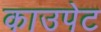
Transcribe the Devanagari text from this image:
काउपेट